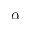
\alpha